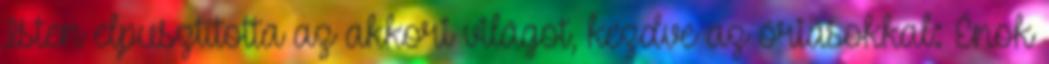
Isten elpusztította az akkori világot, kezdve az óriásokkal: Énok